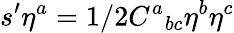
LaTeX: s^{\prime}\eta^{a}=1/2C^{a}{}_{bc}\eta^{b}\eta^{c}